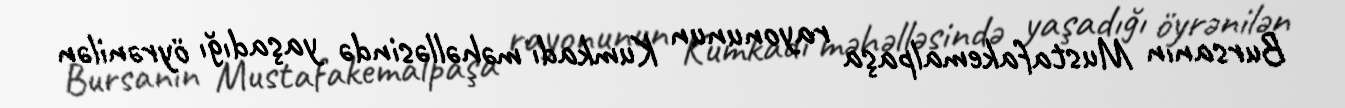
Bursanın Mustafakemalpaşa rayonunun Kumkadı məhəlləsində yaşadığı öyrənilən